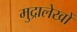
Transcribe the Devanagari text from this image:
मुद्रालेखों